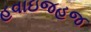
હવાઇજહજ